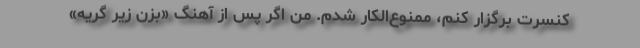
کنسرت برگزار کنم، ممنوع‌الکار شدم. من اگر پس از آهنگ «بزن زیر گریه»